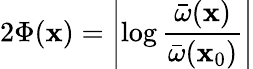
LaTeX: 2\Phi(\mathbf{x})=\left|\log\frac{{{\bar{{\omega}}}(\mathbf{x})}}{{{\bar{{\omega}}}(\mathbf{x}_{0})}}\right|